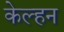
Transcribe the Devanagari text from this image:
केल्हन